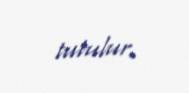
tutulur.